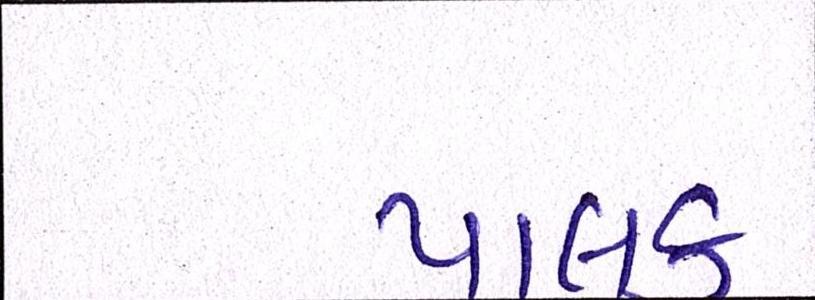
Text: પાલક